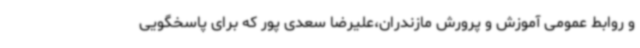
و روابط عمومی آموزش و پرورش مازندران،علیرضا سعدی پور که برای پاسخگویی